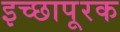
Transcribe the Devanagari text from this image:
इच्छापूरक